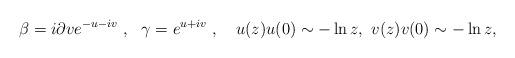
LaTeX: \begin{align*}\beta = i \partial v e^{-u -iv}~,~~ \gamma = e^{u+iv}~, ~~~ u(z)u(0)\sim -\ln z, ~v(z)v(0)\sim -\ln z,\end{align*}